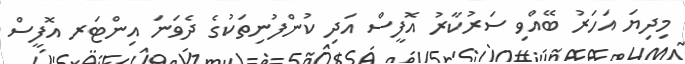
މިދިޔަ އަހަރު ބޭއްވި ސަރުކާރު އޮފީސް އަދި ކުންފުނިތަކުގެ ދެވަނަ އިންޓަރ އޮފީސް